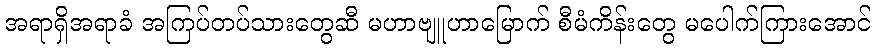
အရာရှိအရာခံ အကြပ်တပ်သားတွေဆီ မဟာဗျူဟာမြောက် စီမံကိန်းတွေ မပေါက်ကြားအောင်